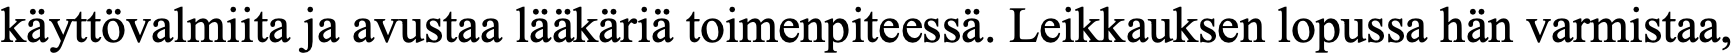
käyttövalmiita ja avustaa lääkäriä toimenpiteessä. Leikkauksen lopussa hän varmistaa,